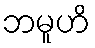
ဘမူဟိ